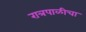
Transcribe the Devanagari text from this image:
रात्रपाळीचा